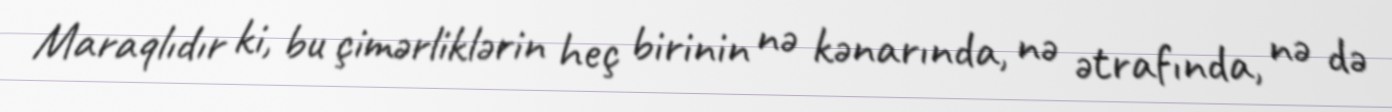
Maraqlıdır ki, bu çimərliklərin heç birinin nə kənarında, nə ətrafında, nə də